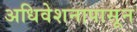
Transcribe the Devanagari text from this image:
अधिवेशनापासून